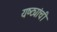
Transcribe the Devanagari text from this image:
यष्ट्यांची